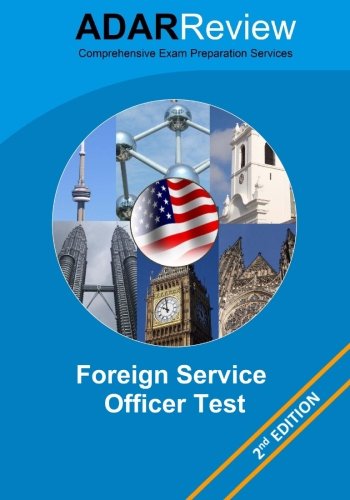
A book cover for Foreign Service Officer Test (FSOT) 2013 Edition: Complete Study Guide to the Written Exam and Oral Assessment; Adar Review; Test Preparation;